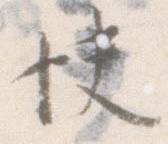
快